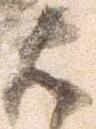
右